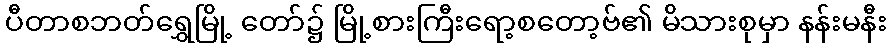
ပီတာစဘတ်ရွှေမြို့ တော်၌ မြို့စားကြီးရော့စတော့ဗ်၏ မိသားစုမှာ နန်းမနီး